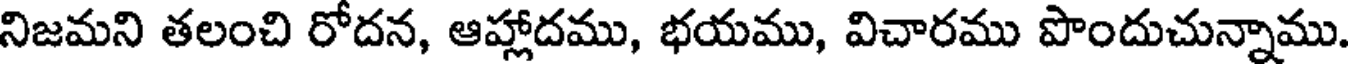
నిజమని తలంచి రోదన, ఆహ్లాదము, భయము, విచారము పొందుచున్నాము.